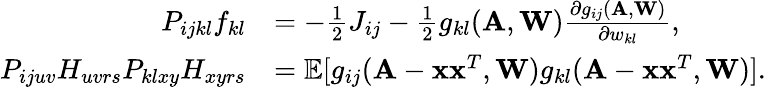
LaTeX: \begin{array}{rl}{P_{ijkl}f_{kl}}&{=-\frac{1}{2}J_{ij}-\frac{1}{2}g_{kl}(\mathbf A,\mathbf W)\frac{\partial g_{ij}(\mathbf A,\mathbf W)}{\partial w_{kl}},}\\ {P_{ijuv}H_{uvrs}P_{klxy}H_{xyrs}}&{=\mathbb{E}[g_{ij}(\mathbf A-\mathbf x\mathbf x^{T},\mathbf W)g_{kl}(\mathbf A-\mathbf x\mathbf x^{T},\mathbf W)].}\end{array}